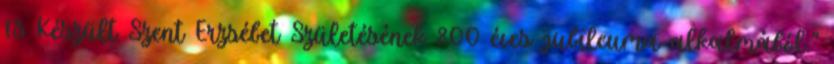
13 Készült Szent Erzsébet Születésének 800 éves jubileuma alkalmából."